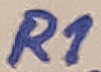
Text: R1